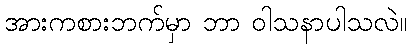
အားကစားဘက်မှာ ဘာ ဝါသနာပါသလဲ။